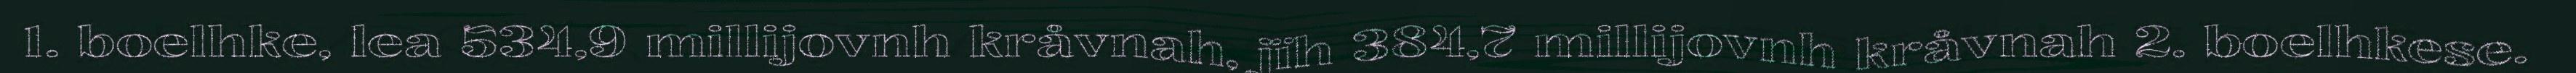
1. boelhke, lea 534,9 millijovnh kråvnah, jïh 384,7 millijovnh kråvnah 2. boelhkese.